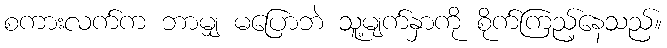
စကားလက်က ဘာမျှ မပြောဘဲ သူ့မျက်နှာကို စိုက်ကြည့်နေသည်။